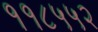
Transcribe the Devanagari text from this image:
११८५५२